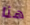
هنا